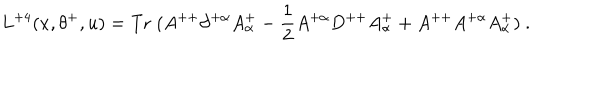
L ^ { + 4 } ( x , \theta ^ { + } , u ) = \mathrm { T r } \; ( A ^ { + + } \partial ^ { + \alpha } A _ { \alpha } ^ { + } - { \frac { 1 } { 2 } } A ^ { + \alpha } D ^ { + + } A _ { \alpha } ^ { + } + A ^ { + + } A ^ { + \alpha } A _ { \alpha } ^ { + } ) \ .